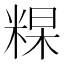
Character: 𥺰